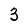
Character: 3